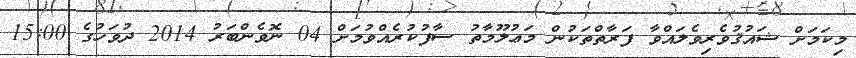
މިކަމަށް ޝައުޤުވެރިވެލައްވާ ފަރާތްތަކުން މަޢުލޫމާތު ސާފުކުރެއްވުމަށް 04 ނޮވެންބަރު 2014 ދުވަހުގެ 15:00